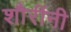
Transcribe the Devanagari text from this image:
शौरींनी